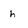
Character: h